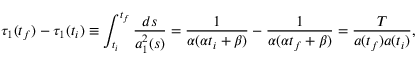
\tau _ { 1 } ( t _ { f } ) - \tau _ { 1 } ( t _ { i } ) \equiv \int _ { t _ { i } } ^ { t _ { f } } \frac { d s } { a _ { 1 } ^ { 2 } ( s ) } = \frac { 1 } { \alpha ( \alpha t _ { i } + \beta ) } - \frac { 1 } { \alpha ( \alpha t _ { f } + \beta ) } = \frac { T } { a ( t _ { f } ) a ( t _ { i } ) } ,